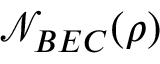
\mathcal { N } _ { B E C } ( \rho )